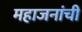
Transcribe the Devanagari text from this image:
महाजनांची